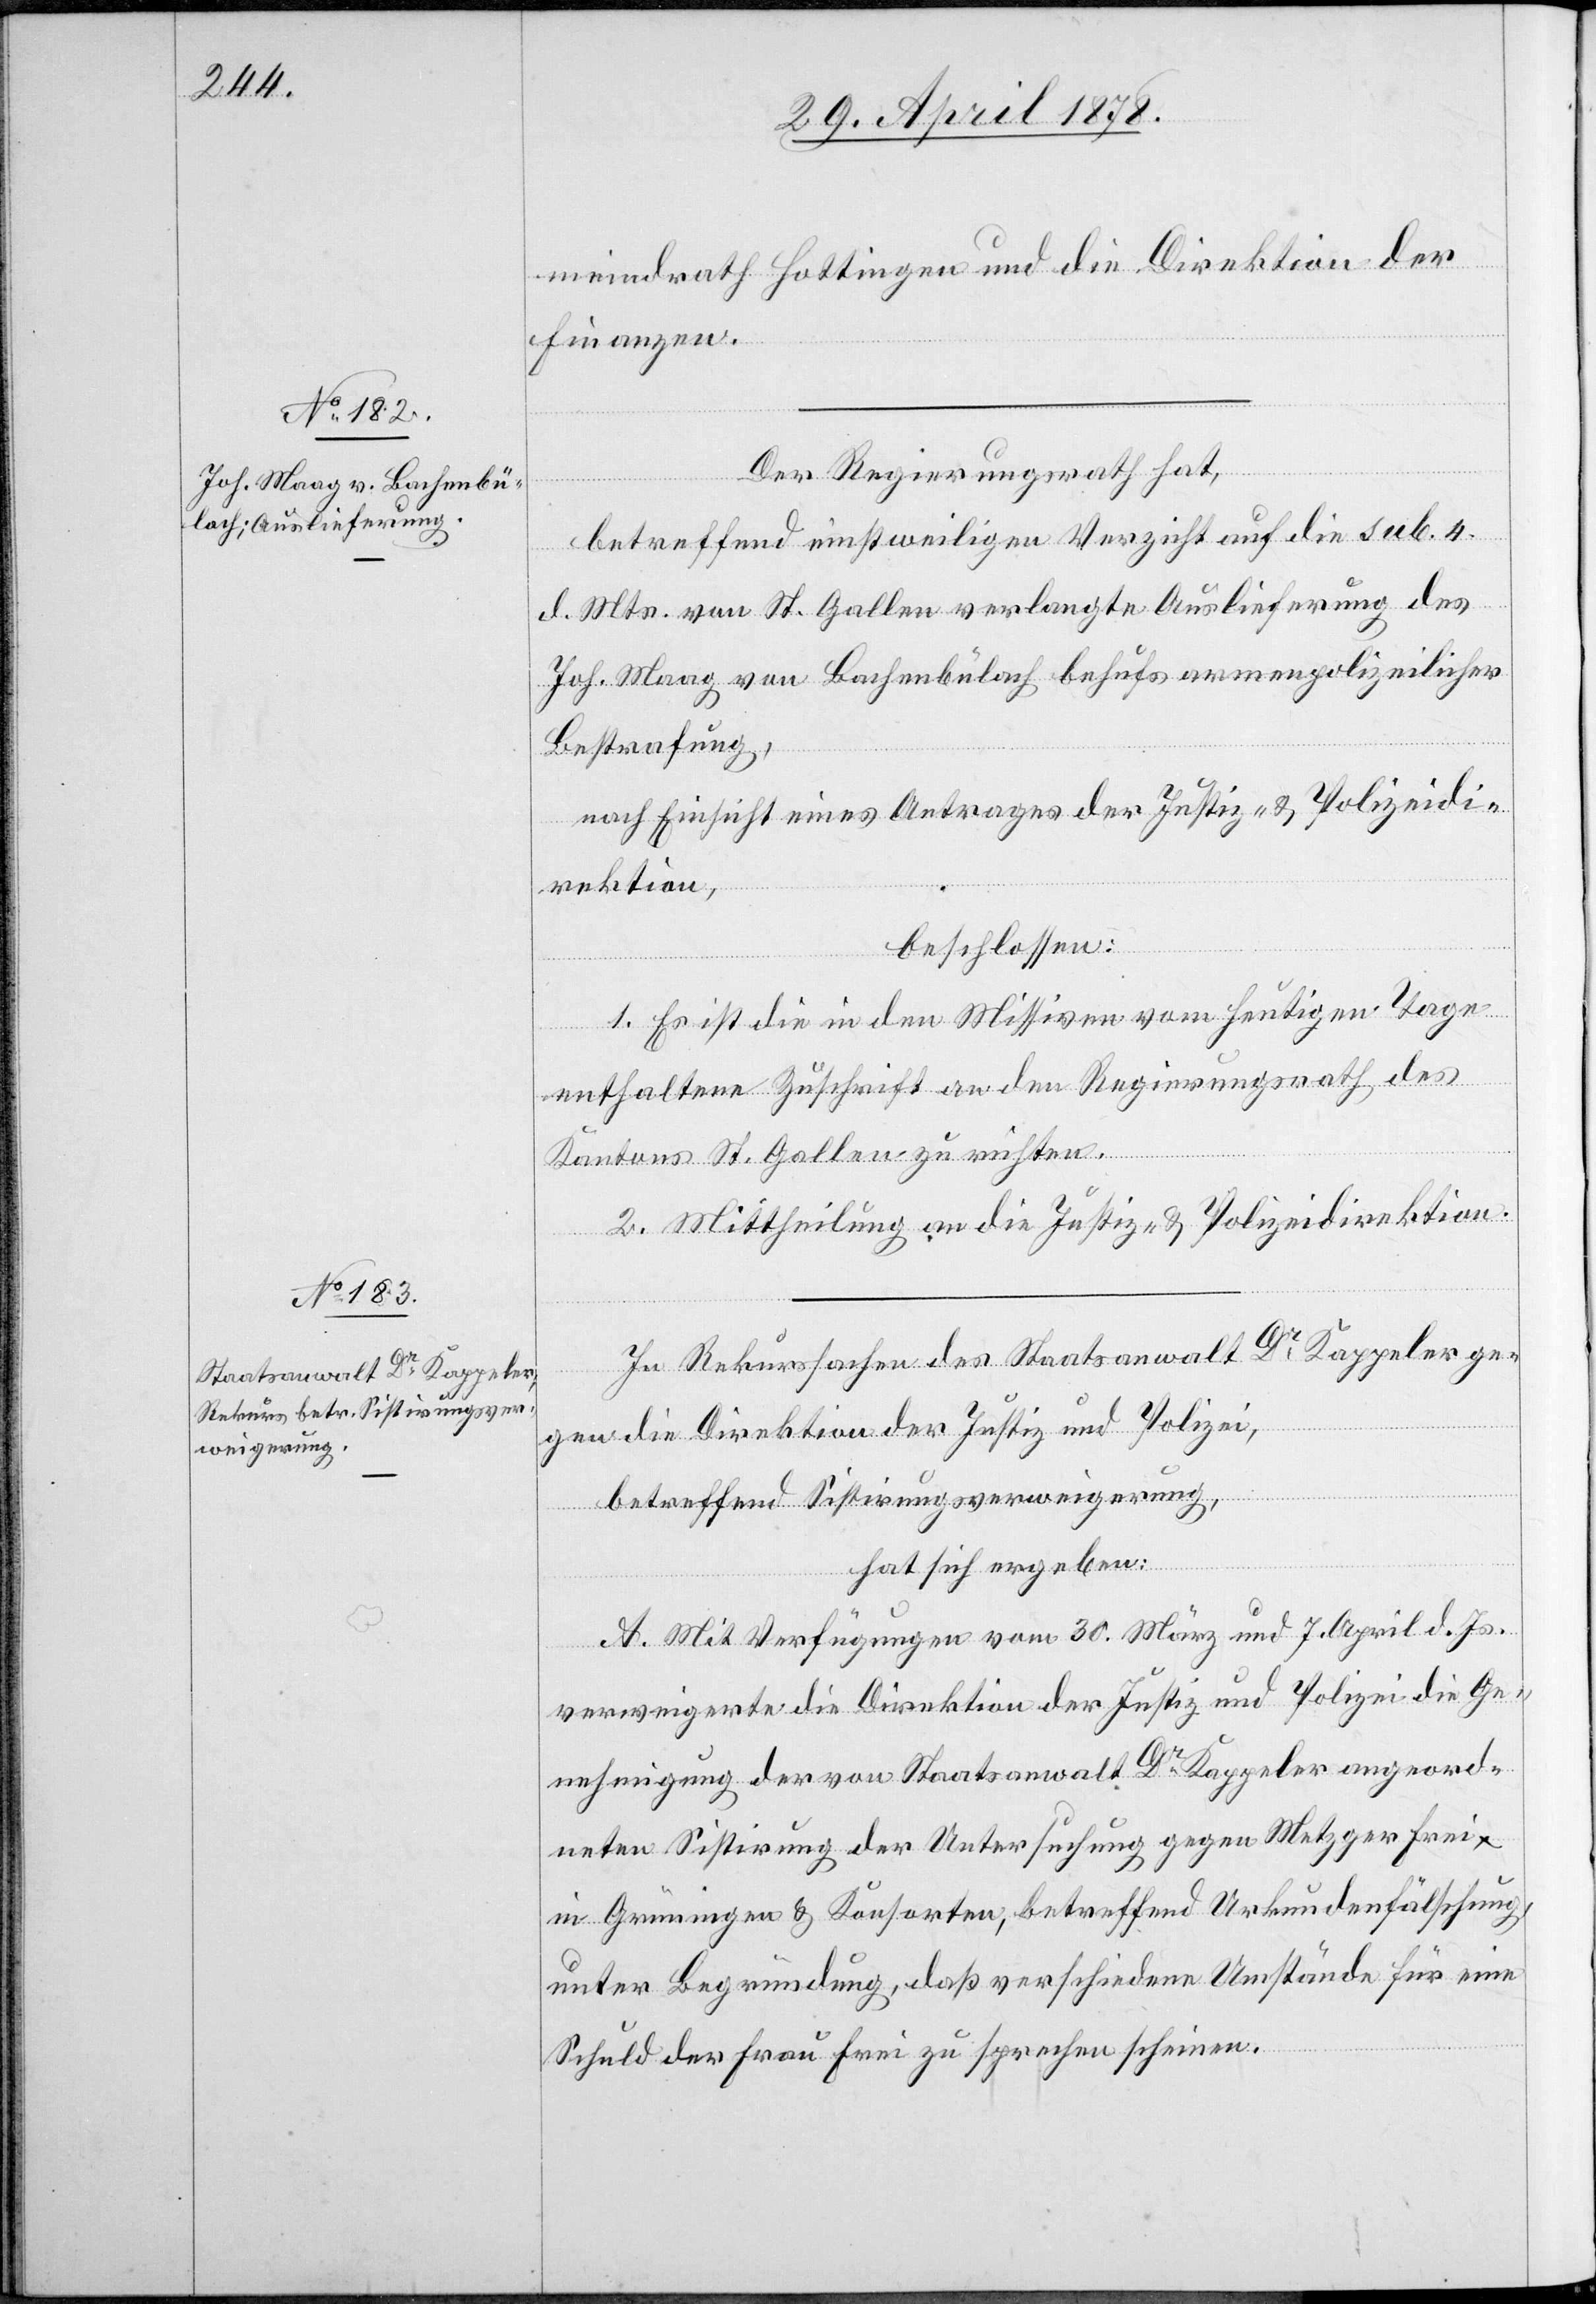
meindrath Hottingen und die Direktion der
Finanzen.
Der Regierungsrath hat,
betreffend einstweiligen Verzicht auf die sub. 4
d. Mts. von St. Gallen verlangte Auslieferung des
Joh. Maag von Bachenbülach behufs armenpolizeilicher
Bestrafung,
nach Einsicht eines Antrages der Justiz- & Polizeidi¬
rektion,
beschlossen:
1. Es ist die in den Missiven vom heutigen Tage
enthaltene Zuschrift an den Regierungsrath des
Kantons St. Gallen zu richten.
2. Mittheilung an die Justiz- & Polizeidirektion.
In Rekurssachen des Staatsanwalt Dr Kappeler ge¬
gen die Direktion der Justiz und Polizei,
betreffend Sistirungsverweigerung,
hat sich ergeben:
A. Mit Verfügungen vom 30. März und 7. April d. Js.
verweigerte die Direktion der Justiz und Polizei die Ge¬
nehmigung der von Staatsanwalt Dr Kappeler angeord¬
neten Sistirung der Untersuchung gegen Metzger Frei
in Grüningen & Konsorten, betreffend Urkundenfälschung,
unter Begründung, daß verschiedene Umstände für eine
Schuld der Frau Frei zu sprechen scheinen.